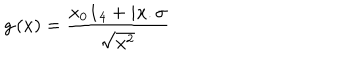
g \left( x \right) = \frac { x _ { 0 } \mathbf { 1 } _ { 4 } + i x . \sigma } { \sqrt { x ^ { 2 } } }